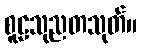
စူဠသုညတသုတ်။